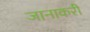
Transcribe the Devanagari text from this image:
जानाकरी